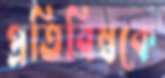
প্রতিবিম্বকে